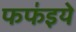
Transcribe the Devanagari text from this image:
फफ॑इये